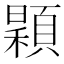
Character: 𩔏